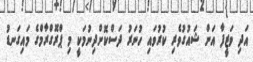
އަދި ވަޒީފާ އަށް ޝައުގުވެރި ކުރުވައި ހުނަރު ދަސްކޮށްދިނުމަކީ މި ޕްރޮގްރާމްގެ މައިގަނޑު